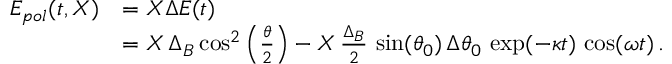
\begin{array} { r l } { E _ { p o l } ( t , \boldsymbol { X } ) } & { = \boldsymbol { X } \Delta E ( t ) } \\ & { = \boldsymbol { X } \, \Delta _ { B } \cos ^ { 2 } \left( \frac { \theta } { 2 } \right) - \boldsymbol { X } \, \frac { \Delta _ { B } } { 2 } \, \sin ( \theta _ { 0 } ) \, \Delta \theta _ { 0 } \, \exp ( - \kappa t ) \, \cos ( \omega t ) \, . } \end{array}